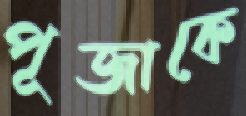
পূজাকে